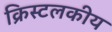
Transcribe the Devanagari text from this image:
क्रिस्टलकीय